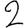
Digit: 2